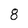
Character: 8